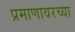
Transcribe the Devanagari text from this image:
प्रमाणावरच्या